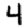
Digit: 4